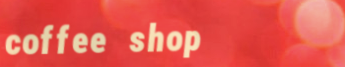
coffee shop